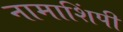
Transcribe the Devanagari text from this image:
नामाशिंपी